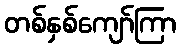
တစ်နှစ်ကျော်ကြာ